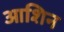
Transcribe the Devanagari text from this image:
आशिन